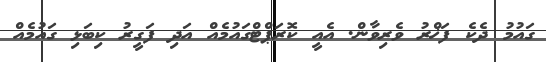
ގައުމު ދެކެ ފަޚްރު ވެރިވާން. އެއީ ކޮރަޕްޓްގައުމެއް އަދި ފަގީރު ކިބަޅި ގައުމެއް